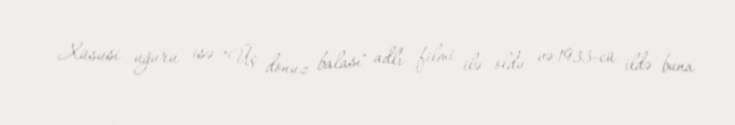
Xüsusi uğuru isə "Üç donuz balası" adlı filmi ilə oldu və 1933-cü ildə buna